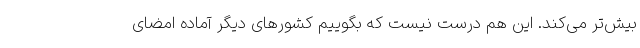
بیش‌تر می‌کند. این هم درست نیست که بگوییم کشورهای دیگر آماده امضای